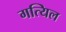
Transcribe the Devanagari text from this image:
गत्यिल